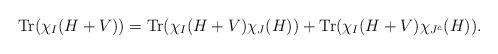
LaTeX: \begin{align*} \operatorname{Tr}(\chi_{I}(H+V)) = \operatorname{Tr}(\chi_I(H+V)\chi_{J}(H)) + \operatorname{Tr}(\chi_I(H+V) \chi_{J^c}(H)). \end{align*}